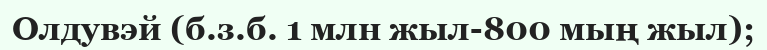
Олдувэй (б.з.б. 1 млн жыл-800 мың жыл);